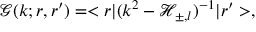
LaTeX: \mathcal { G } ( k ; r , r ^ { \prime } ) = < r | ( k ^ { 2 } - \mathcal { H } _ { \pm , l } ) ^ { - 1 } | r ^ { \prime } > ,